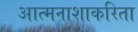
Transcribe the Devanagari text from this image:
आत्मनाशाकरिता